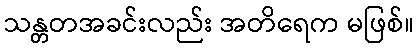
သန္တတအခင်းလည်း အတိရေက မဖြစ်။